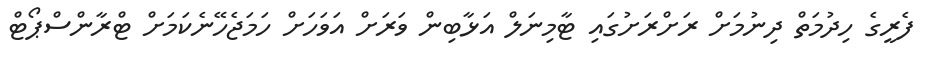
ފެރީގެ ހިދުމަތް ދިނުމަށް ރަށްރަށުގައި ޓާމިނަލް އަޅާބިން ވަރަށް އަވަހަށް ހަމަޖެހޭނެކަމަށް ޓްރާންސްޕޯޓް